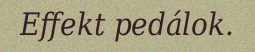
Effekt pedálok.